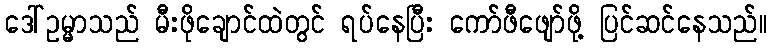
ဒေါ်ဥမ္မာသည် မီးဖိုချောင်ထဲတွင် ရပ်နေပြီး ကော်ဖီဖျော်ဖို့ ပြင်ဆင်နေသည်။